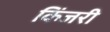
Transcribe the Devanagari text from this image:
किंजरी